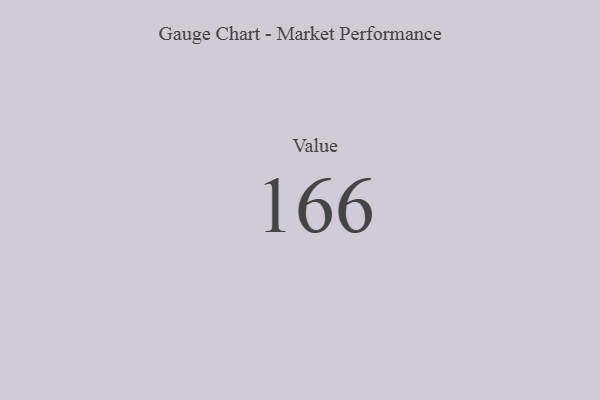
{"axis": {"x": "Metric", "y": "Value"}, "legend": [""], "data": [{"x": "Value", "y": 166, "type": ""}]}